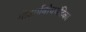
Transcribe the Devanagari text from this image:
गीतार्थबोधचंद्रिका